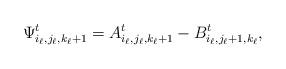
LaTeX: \begin{align*}\Psi^t_{{i_\ell,j_\ell,k_\ell+1}}=A^t_{{i_\ell,j_\ell,k_\ell+1}}-B^t_{i_\ell,j_\ell+1,k_\ell},\end{align*}